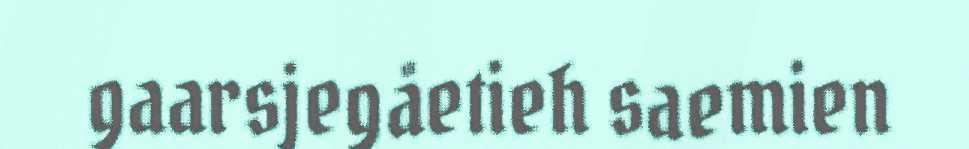
gaarsjegåetieh saemien